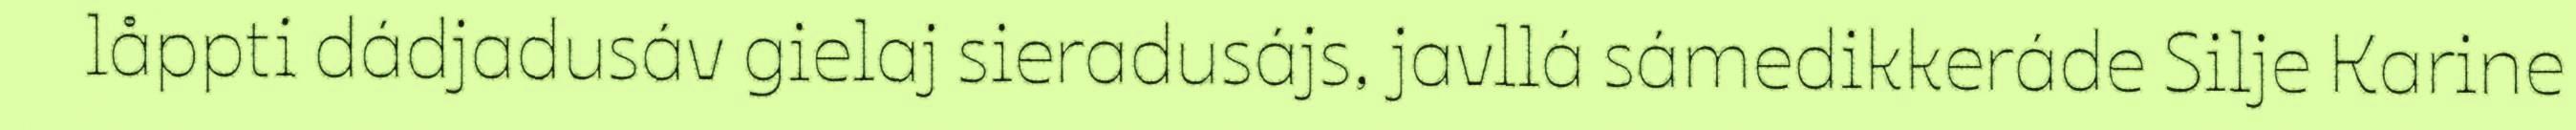
låppti dádjadusáv gielaj sieradusájs, javllá sámedikkeráde Silje Karine